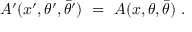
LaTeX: { \cal A } ^ { \prime } ( x ^ { \prime } , \theta ^ { \prime } , \bar { \theta } ^ { \prime } ) \ = \ { \cal A } ( x , \theta , \bar { \theta } ) \ .